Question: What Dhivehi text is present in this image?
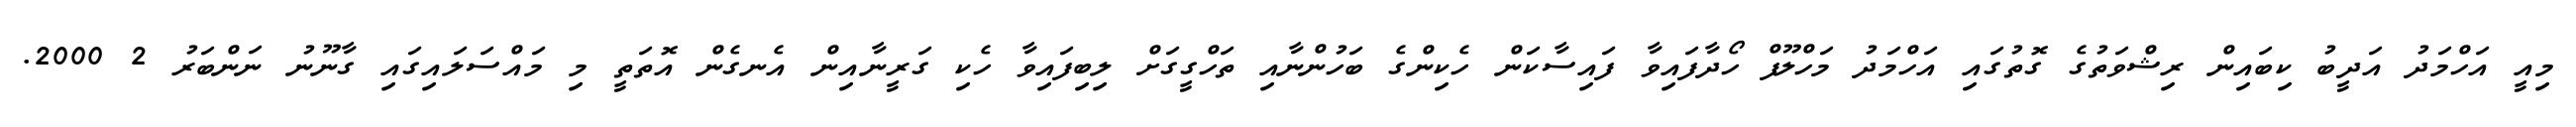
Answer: މިއީ އަހްމަދު އަދީބު ކިބައިން ރިޝްވަތުގެ ގޮތުގައި އަހްމަދު މަހްލޫފް ހޯދާފައިވާ ފައިސާކަން ހެކިންގެ ބަހުންނާއި ތަހްގީގަށް ލިބިފައިވާ ހެކި ގަރީނާއިން އެނގެން އޮތަތީ މި މައްސަލައިގައި ގާނޫނު ނަންބަރު 2 2000.